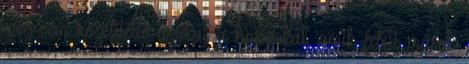
meg sem közelítette azokat a hangokat, amik felett mások